Annual report on the Civil Veterinary Department, Burma (including the Insein Veterinary School) - 1923-1931
Year: 1923
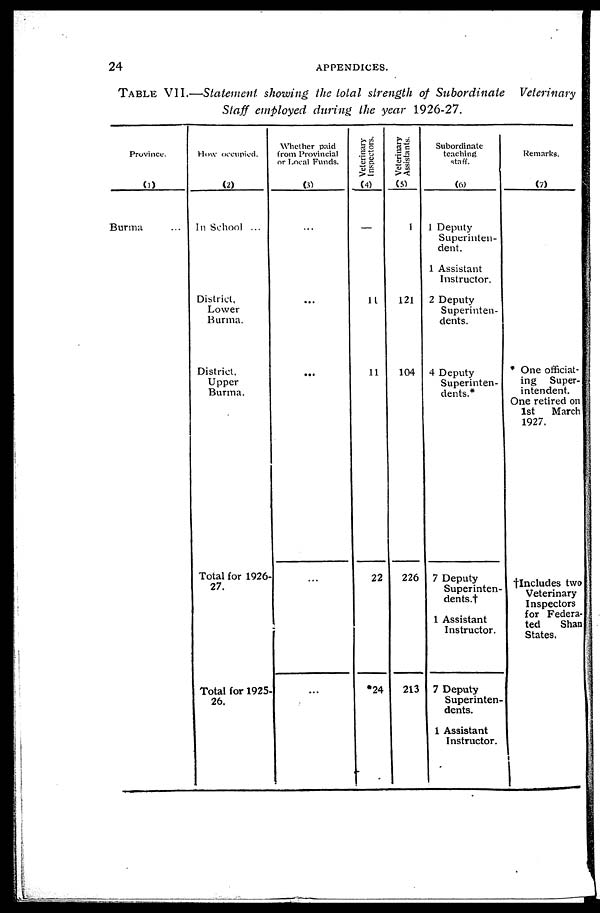
24
APPENDICES.
TABLE VII.—Statement showing the total strength of Subordinate Veterinary
Staff employed during the year 1926-27.
Province.
(1)
Burma ...
How occupied.
(2)
In School ...
District,
Lower
Burma.
District,
Upper
Burma.
Total for 1926-
27.
Total for 1925-
26.
Whether paid
from Provincial
or Local Funds.
(3)
...
...
...
...
...
Veterinary
Inspectors.
(4)
—
11
11
22
*24
Veterinary
Assistants.
(5)
1
121
104
226
213
Subordinate
teaching
staff.
(6)
1 Deputy
Superinten-
dent.
1 Assistant
Instructor.
2 Deputy
Superinten-
dents.
4 Deputy
Superinten-
dents.*
7 Deputy
Superinten-
dents.†
1 Assistant
Instructor.
7 Deputy
Superinten-
dents.
1 Assistant
Instructor.
Remarks.
(7)
* One officiat-
ing Super-
intendent.
One retired on
1st
March
1927.
†Includes two
Veterinary
Inspectors
for Federa-
ted
Sha
States.